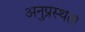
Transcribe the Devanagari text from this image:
अनुप्रस्थता